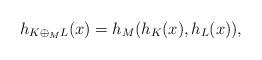
LaTeX: \begin{align*}h_{K\oplus_M L}(x)=h_M(h_K(x), h_L(x)),\end{align*}